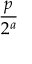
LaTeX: \frac { p } { 2 ^ { a } }